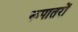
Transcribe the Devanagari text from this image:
रूपातरों